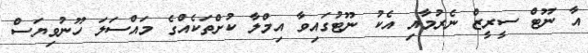
އާ ނޫޓް ސީރީޒް ނެރުމާއި އެކު ނޫޓުގައިވާ އިމްލާ ކުށްތަކެއްގެ މައްސަލަ ހޫނުވިޔަސް